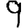
Digit: 9